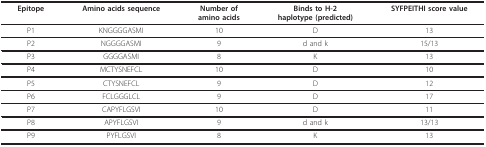
<table><thead><tr><td><b>Epitope</b></td><td><b>Amino acids sequence</b></td><td><b>Number ofamino acids</b></td><td><b>Binds to H-2haplotype (predicted)</b></td><td><b>SYFPEITHI score value</b></td></tr></thead><tbody><tr><td>P1</td><td>KNGGGGASMI</td><td>10</td><td>D</td><td>13</td></tr><tr><td>P2</td><td>NGGGGASMI</td><td>9</td><td>d and k</td><td>15/13</td></tr><tr><td>P3</td><td>GGGGASMI</td><td>8</td><td>K</td><td>13</td></tr><tr><td>P4</td><td>MCTYSNEFCL</td><td>10</td><td>D</td><td>10</td></tr><tr><td>P5</td><td>CTYSNEFCL</td><td>9</td><td>D</td><td>12</td></tr><tr><td>P6</td><td>FCLGGGLCL</td><td>9</td><td>D</td><td>17</td></tr><tr><td>P7</td><td>CAPYFLGSVI</td><td>10</td><td>D</td><td>11</td></tr><tr><td>P8</td><td>APYFLGSVI</td><td>9</td><td>d and k</td><td>13/13</td></tr><tr><td>P9</td><td>PYFLGSVI</td><td>8</td><td>K</td><td>13</td></tr></tbody></table>